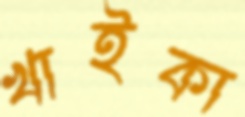
খাইকা